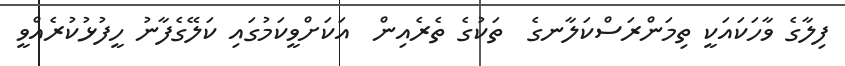
ފިލާގެ ވާހަކައަކީ ތިމަންރަސްކަލާނގެ  ތަކުގެ ތެރެއިން  އަކަށްވީކަމުގައި ކަލޭގެފާނު ހީފުޅުކުރެއްވީ